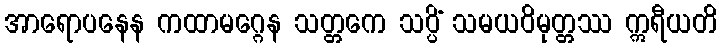
အာရောပနေန ကထာမဂ္ဂေန သတ္တကေ သပ္ပိံ သမယဝိမုတ္တဿ ဣရီယတိ